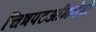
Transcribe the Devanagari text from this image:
चित्रपटअभिनेत्री